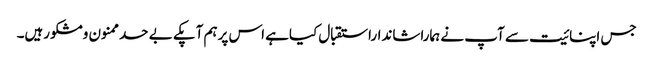
جس اپنائیت سے آپ نے ہماراشانداراستقبال کیاہے اس پرہم آپکے بے حدممنون ومشکورہیں۔